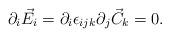
LaTeX: \begin{align*}\partial_i \vec{E}_i = \partial_i \epsilon_{ijk} \partial_j \vec{C}_k = 0 .\end{align*}